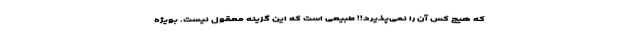
که هیچ کس آن را نمی‌پذیرد!! طبیعی است که این گزینه معقول نیست. بویژه